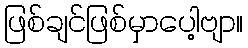
ဖြစ်ချင်ဖြစ်မှာပေါ့ဗျာ။